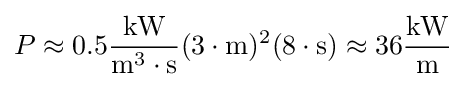
P\approx 0.5{\frac {\text{kW}}{{\text{m}}^{3}\cdot {\text{s}}}}(3\cdot {\text{m}})^{2}(8\cdot {\text{s}})\approx 36{\frac {\text{kW}}{\text{m}}}